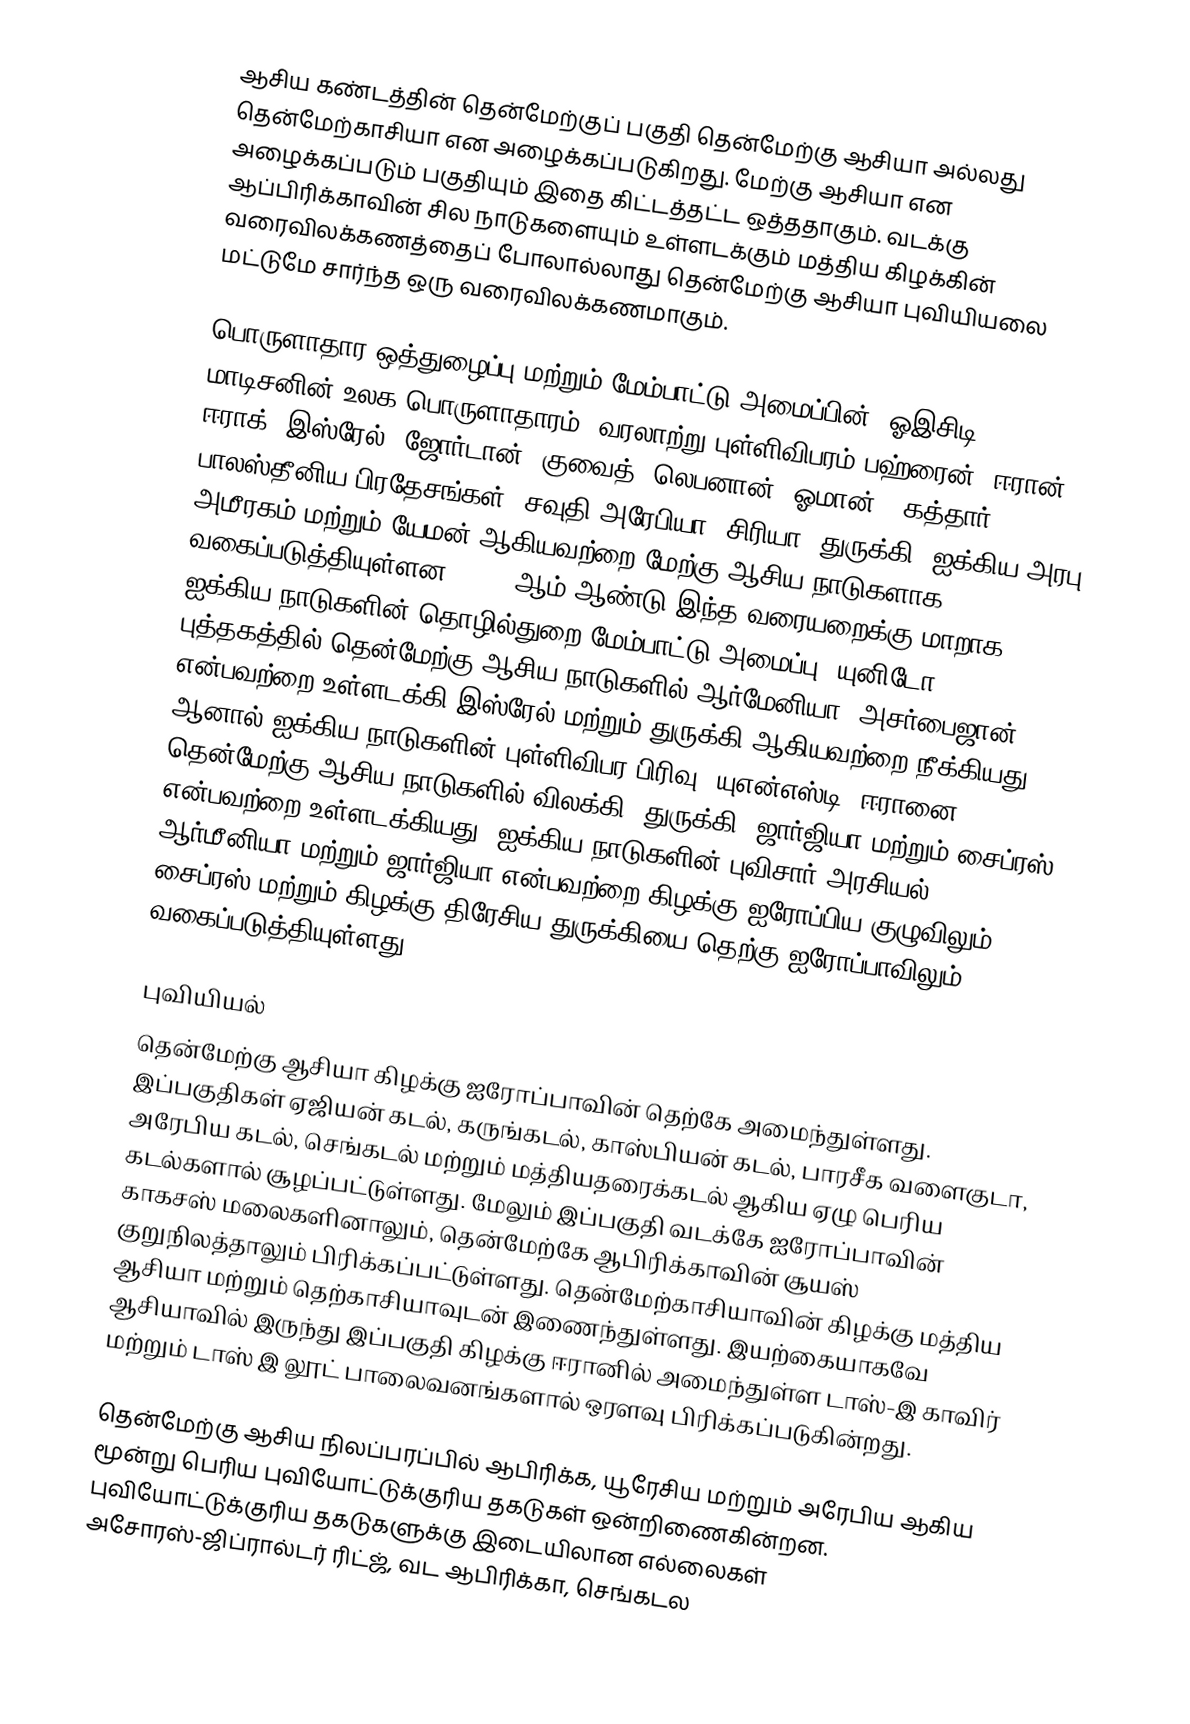
ஆசிய கண்டத்தின் தென்மேற்குப் பகுதி தென்மேற்கு ஆசியா அல்லது தென்மேற்காசியா என அழைக்கப்படுகிறது. மேற்கு ஆசியா என அழைக்கப்படும் பகுதியும் இதை கிட்டத்தட்ட ஒத்ததாகும். வடக்கு ஆப்பிரிக்காவின் சில நாடுகளையும் உள்ளடக்கும் மத்திய கிழக்கின் வரைவிலக்கணத்தைப் போலால்லாது தென்மேற்கு ஆசியா புவியியலை மட்டுமே சார்ந்த ஒரு வரைவிலக்கணமாகும்.

பொருளாதார ஒத்துழைப்பு மற்றும் மேம்பாட்டு அமைப்பின்  (ஓஇசிடி) மாடிசனின் உலக பொருளாதாரம்: வரலாற்று புள்ளிவிபரம் பஹ்ரைன், ஈரான், ஈராக், இஸ்ரேல், ஜோர்டான், குவைத், லெபனான், ஓமான் , கத்தார், பாலஸ்தீனிய பிரதேசங்கள், சவுதி அரேபியா, சிரியா, துருக்கி, ஐக்கிய அரபு அமீரகம் மற்றும் யேமன் ஆகியவற்றை மேற்கு ஆசிய நாடுகளாக வகைப்படுத்தியுள்ளன. 2015 ஆம் ஆண்டு இந்த வரையறைக்கு மாறாக ஐக்கிய நாடுகளின் தொழில்துறை மேம்பாட்டு அமைப்பு (யுனிடோ) புத்தகத்தில் தென்மேற்கு ஆசிய நாடுகளில் ஆர்மேனியா, அசர்பைஜான் என்பவற்றை உள்ளடக்கி இஸ்ரேல் மற்றும் துருக்கி ஆகியவற்றை நீக்கியது. ஆனால் ஐக்கிய நாடுகளின் புள்ளிவிபர பிரிவு  (யுஎன்எஸ்டி) ஈரானை தென்மேற்கு ஆசிய நாடுகளில் விலக்கி, துருக்கி, ஜார்ஜியா மற்றும் சைப்ரஸ் என்பவற்றை உள்ளடக்கியது. ஐக்கிய நாடுகளின் புவிசார் அரசியல் ஆர்மீனியா மற்றும் ஜார்ஜியா என்பவற்றை கிழக்கு ஐரோப்பிய குழுவிலும் சைப்ரஸ் மற்றும் கிழக்கு திரேசிய துருக்கியை தெற்கு ஐரோப்பாவிலும் வகைப்படுத்தியுள்ளது.

புவியியல்
தென்மேற்கு ஆசியா கிழக்கு ஐரோப்பாவின் தெற்கே அமைந்துள்ளது. இப்பகுதிகள் ஏஜியன் கடல், கருங்கடல், காஸ்பியன் கடல், பாரசீக வளைகுடா, அரேபிய கடல், செங்கடல் மற்றும் மத்தியதரைக்கடல் ஆகிய ஏழு பெரிய கடல்களால் சூழப்பட்டுள்ளது. மேலும் இப்பகுதி வடக்கே ஐரோப்பாவின் காகசஸ் மலைகளினாலும், தென்மேற்கே ஆபிரிக்காவின் சூயஸ் குறுநிலத்தாலும் பிரிக்கப்பட்டுள்ளது. தென்மேற்காசியாவின் கிழக்கு மத்திய ஆசியா மற்றும் தெற்காசியாவுடன் இணைந்துள்ளது. இயற்கையாகவே ஆசியாவில் இருந்து இப்பகுதி கிழக்கு ஈரானில் அமைந்துள்ள டாஸ்-இ காவிர் மற்றும் டாஸ் இ லூட் பாலைவனங்களால் ஒரளவு பிரிக்கப்படுகின்றது.

தென்மேற்கு ஆசிய நிலப்பரப்பில் ஆபிரிக்க, யூரேசிய மற்றும் அரேபிய ஆகிய மூன்று பெரிய புவியோட்டுக்குரிய தகடுகள் ஒன்றிணைகின்றன. புவியோட்டுக்குரிய தகடுகளுக்கு இடையிலான எல்லைகள் அசோரஸ்-ஜிப்ரால்டர் ரிட்ஜ், வட ஆபிரிக்கா, செங்கடல